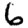
Digit: 6